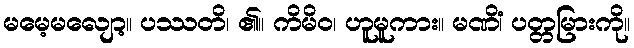
မမေ့မလျော့။ ပဿတိ၊ ၏။ ကိမိဝ၊ ဟူမူကား။ မဏိံ၊ ပတ္တမြားကို။